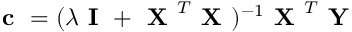
\textbf { c } = ( \lambda \textbf { I } + \textbf { X } ^ { T } \textbf { X } ) ^ { - 1 } \textbf { X } ^ { T } \textbf { Y }